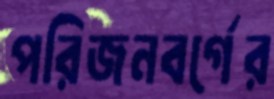
পরিজনবর্গের